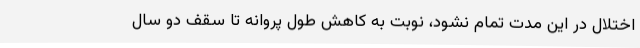
اختلال در این مدت تمام نشود، نوبت به کاهش طول پروانه تا سقف دو سال